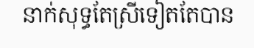
នាក់សុទ្ធតែស្រីទៀតតែបាន